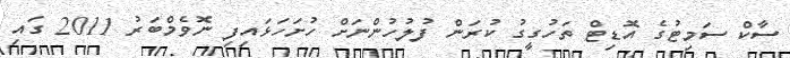
ސާކް ސަމިޓުގެ އޮޑިޓް ތަހުގީގު ކުރަން ފުލުހުންނަށް ހުށަހަޅައިފި ނޮވެމްބަރު 2011 ގައި